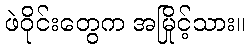
ဖဲဝိုင်းတွေက အမြိုင့်သား။